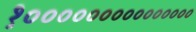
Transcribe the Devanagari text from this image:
१०००००००००००००००